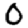
Digit: 0